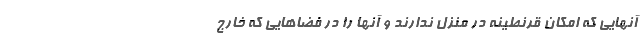
آنهایی که امکان قرنطینه در منزل ندارند و آنها را در فضاهایی که خارج